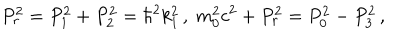
P _ { r } ^ { 2 } = P _ { 1 } ^ { 2 } + P _ { 2 } ^ { 2 } = \hbar ^ { 2 } k _ { 1 } ^ { 2 } \, , \; m _ { 0 } ^ { 2 } c ^ { 2 } + P _ { r } ^ { 2 } = P _ { 0 } ^ { 2 } - P _ { 3 } ^ { 2 } \, ,